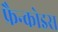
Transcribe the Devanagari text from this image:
फ्रैन्कोइस